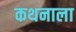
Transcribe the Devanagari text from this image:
कथनाला